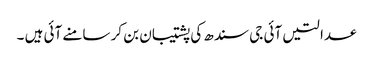
عدالتیں آئی جی سندھ کی پشتیبان بن کر سامنے آئی ہیں ۔